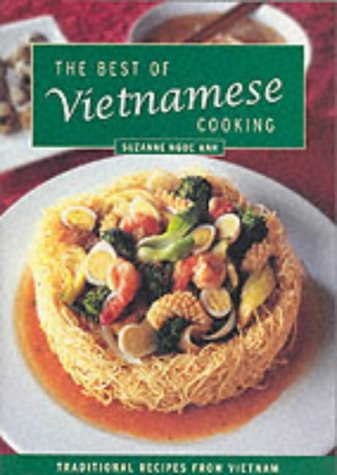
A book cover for The Best of Vietnamese Cooking; Suzanne Ngoc Anh; Cookbooks, Food & Wine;